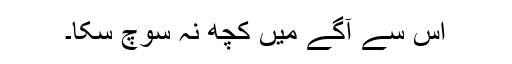
اس سے آگے میں کچھ نہ سوچ سکا۔